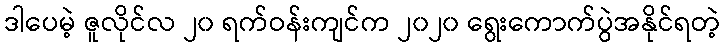
ဒါပေမဲ့ ဇူလိုင်လ ၂၀ ရက်ဝန်းကျင်က ၂၀၂၀ ရွေးကောက်ပွဲအနိုင်ရတဲ့